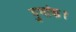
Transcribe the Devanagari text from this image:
गुणांक।